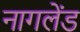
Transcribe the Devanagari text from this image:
नागलेंड